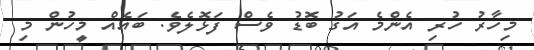
މިހާރު ހުރި އެންމެ އަގު ބޮޑު ވެސް ފަޅޮލެވެ. ބައެއް މީހުން މި